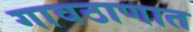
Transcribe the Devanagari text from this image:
गावठाणात